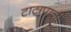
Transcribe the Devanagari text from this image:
टाटापानी